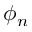
\phi _ { n }